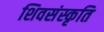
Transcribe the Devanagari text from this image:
शिवसंस्कृति